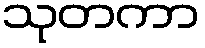
သုတကာ